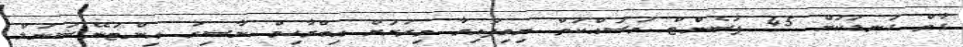
ގާތް ގަނޑަކަށް 45 ޕަސެންޓް މަސައްކަތް ނިމިފައިވާ މިރަށަށް އިބްރާހިމް ނާސިރު އިންޓަނޭޝަނަލް